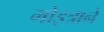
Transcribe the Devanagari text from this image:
मोइत्राने